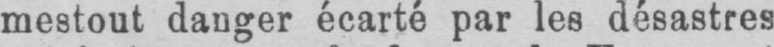
mestout danger écarté par les désastres